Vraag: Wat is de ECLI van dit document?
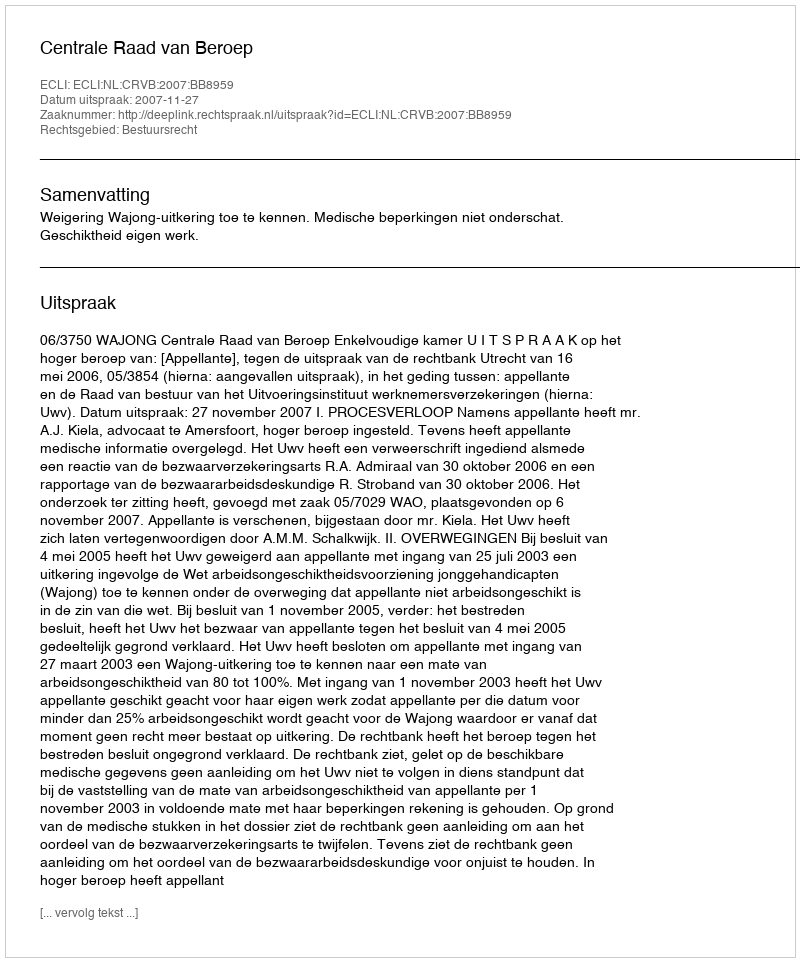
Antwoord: ECLI:NL:CRVB:2007:BB8959